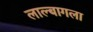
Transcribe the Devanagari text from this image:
लाल्बागला